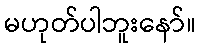
မဟုတ်ပါဘူးနော်။